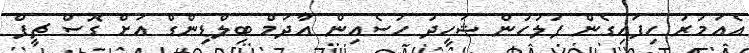
އެއަމުރު ހިފައިގެން ފުލުހުން ޝަހީދު ހުސެއިން އާދަމް ބިލްޑިންގް އަށް ގޮސް ޗީފް